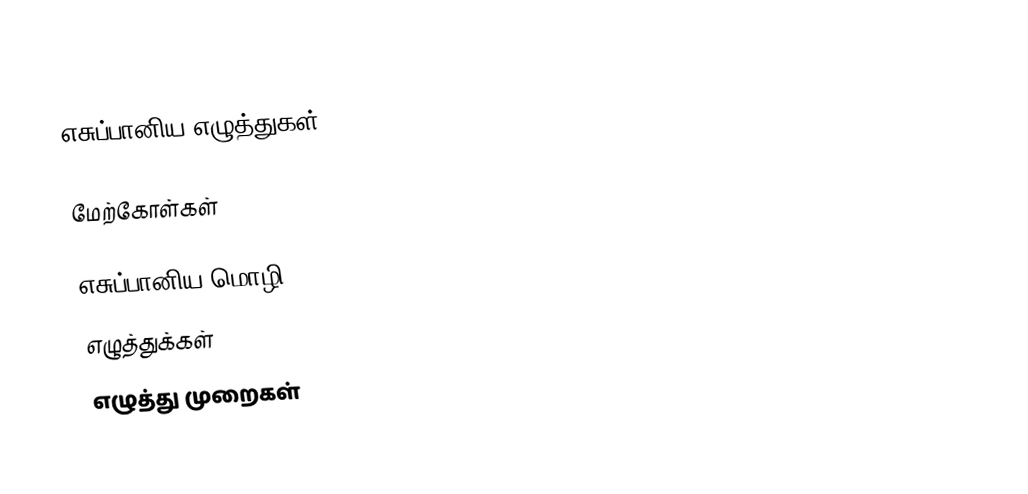
எசுப்பானிய எழுத்துகள்:

மேற்கோள்கள்

எசுப்பானிய மொழி
எழுத்துக்கள்
எழுத்து முறைகள்